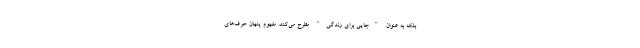
بلکه به عنوان "جایی برای زندگی" مطرح می‌کند. مفهوم پنهان حرف‌های